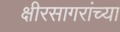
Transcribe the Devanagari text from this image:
क्षीरसागरांच्या